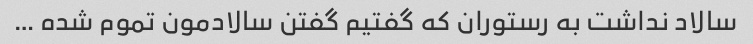
سالاد نداشت به رستوران که گفتیم گفتن سالادمون تموم شده …